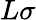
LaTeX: L\sigma